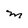
Character: M